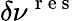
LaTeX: \delta\nu^{\mathrm{~r~e~s~}}